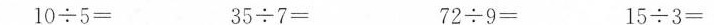
10 {\div} 5= 35 {\div} 7= 72 {\div} 9= 15 {\div} 3=